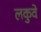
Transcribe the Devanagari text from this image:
लकुवे